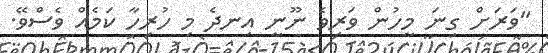
"ވަރަށް ގިނަ މީހުން ވަރިވެ ނޫނީ އިނދެ މި ހުރިހާ ކަމެއް ވެސްވޭ.